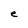
Character: e